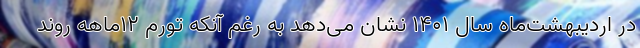
در اردیبهشت‌ماه سال ۱۴۰۱ نشان می‌دهد به رغم آنکه تورم ۱۲ماهه روند